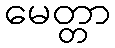
မေတ္တာ